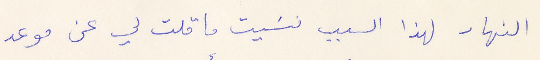
النهار لهذا السبب نسيت ما قلت لي عن موعد